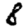
Digit: 8